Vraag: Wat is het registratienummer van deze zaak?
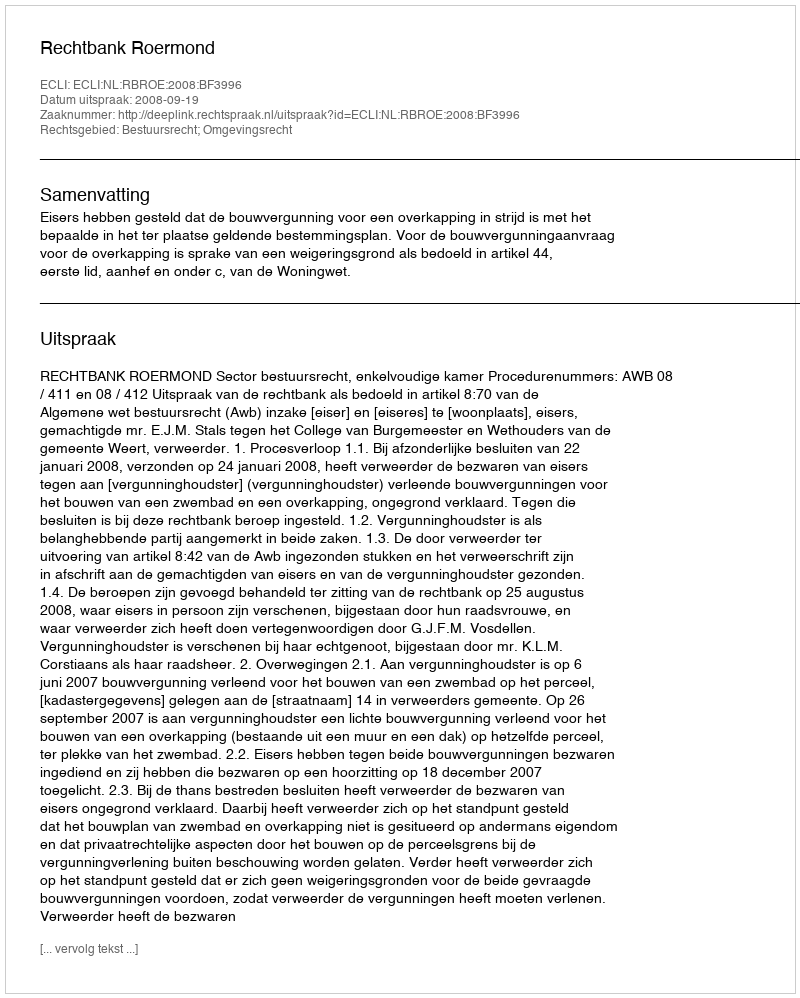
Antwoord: http://deeplink.rechtspraak.nl/uitspraak?id=ECLI:NL:RBROE:2008:BF3996